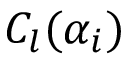
C _ { l } ( \alpha _ { i } )